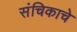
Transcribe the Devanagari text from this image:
संचिकाचे